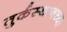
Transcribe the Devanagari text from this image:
तुर्कस्थानच्या